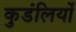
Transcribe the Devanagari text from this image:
कुडंलियों